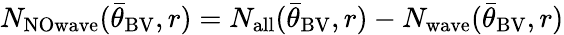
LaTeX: N_{\mathrm{NOwave}}({\bar{\theta}}_{\mathrm{BV}},r)=N_{\mathrm{all}}({\bar{\theta}}_{\mathrm{BV}},r)-N_{\mathrm{wave}}({\bar{\theta}}_{\mathrm{BV}},r)